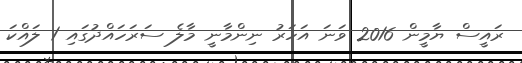
ރައީސް ޔާމީން 2016 ވަނަ އަހަރު ނިންމާނީ މާލެ ސަރަހައްދުގައި 1 ލައްކަ